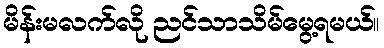
မိန်းမလက်လို ညင်သာသိမ်မွေ့ရမယ်။